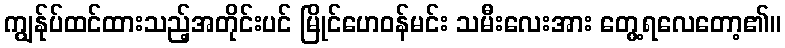
ကျွန်ုပ်ထင်ထားသည့်အတိုင်းပင် မြိုင်ဟေဝန်မင်း သမီးလေးအား တွေ့ရလေတော့၏။